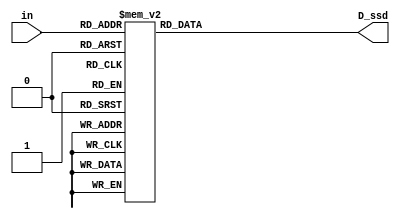
`define SS_0 8'b00000011
`define SS_1 8'b10011111
`define SS_2 8'b00100101
`define SS_3 8'b00001101
`define SS_4 8'b10011001
`define SS_5 8'b01001001
`define SS_6 8'b01000001
`define SS_7 8'b00011111
`define SS_8 8'b00000001
`define SS_9 8'b00001001
`define SS_10 8'b00010001
`define SS_11 8'b11000001
`define SS_12 8'b11100101
`define SS_13 8'b10000101
`define SS_14 8'b01100001
`define SS_15 8'b01110001

module display(in, D_ssd);
    input [3:0]in;
    output reg [7:0]D_ssd;
    
    always @*
    case (in)
     4'd0: D_ssd = `SS_0;
     4'd1: D_ssd = `SS_1;
     4'd2: D_ssd = `SS_2;
     4'd3: D_ssd = `SS_3;
     4'd4: D_ssd = `SS_4;
     4'd5: D_ssd = `SS_5;
     4'd6: D_ssd = `SS_6;
     4'd7: D_ssd = `SS_7;
     4'd8: D_ssd = `SS_8;
     4'd9: D_ssd = `SS_9;
     4'd10: D_ssd = `SS_10;
     4'd11: D_ssd = `SS_11;
     4'd12: D_ssd = `SS_12;
     4'd13: D_ssd = `SS_13;
     4'd14: D_ssd = `SS_14;
     4'd15: D_ssd = `SS_15;  
     default: D_ssd = 8'b11111111;
    
    endcase
endmodule